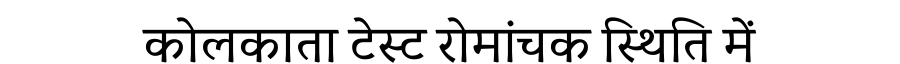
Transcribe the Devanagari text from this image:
कोलकाता टेस्ट रोमांचक स्थिति में